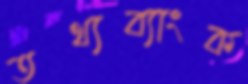
তথ্যব্যাংক